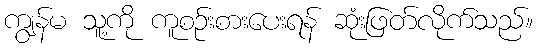
ကျွန်မ သူ့ကို ကူစဉ်းစားပေးရန် ဆုံးဖြတ်လိုက်သည်။